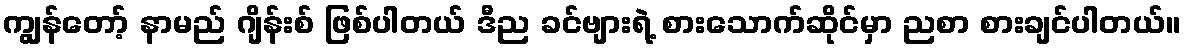
ကျွန်တော့် နာမည် ဂျိန်းစ် ဖြစ်ပါတယ် ဒီည ခင်ဗျားရဲ့ စားသောက်ဆိုင်မှာ ညစာ စားချင်ပါတယ်။